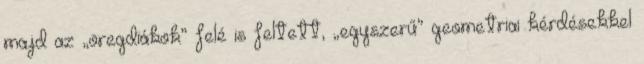
majd az „öregdiákok” felé is feltett, „egyszerű” geometriai kérdésekkel